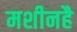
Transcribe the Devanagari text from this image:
मशीनहै